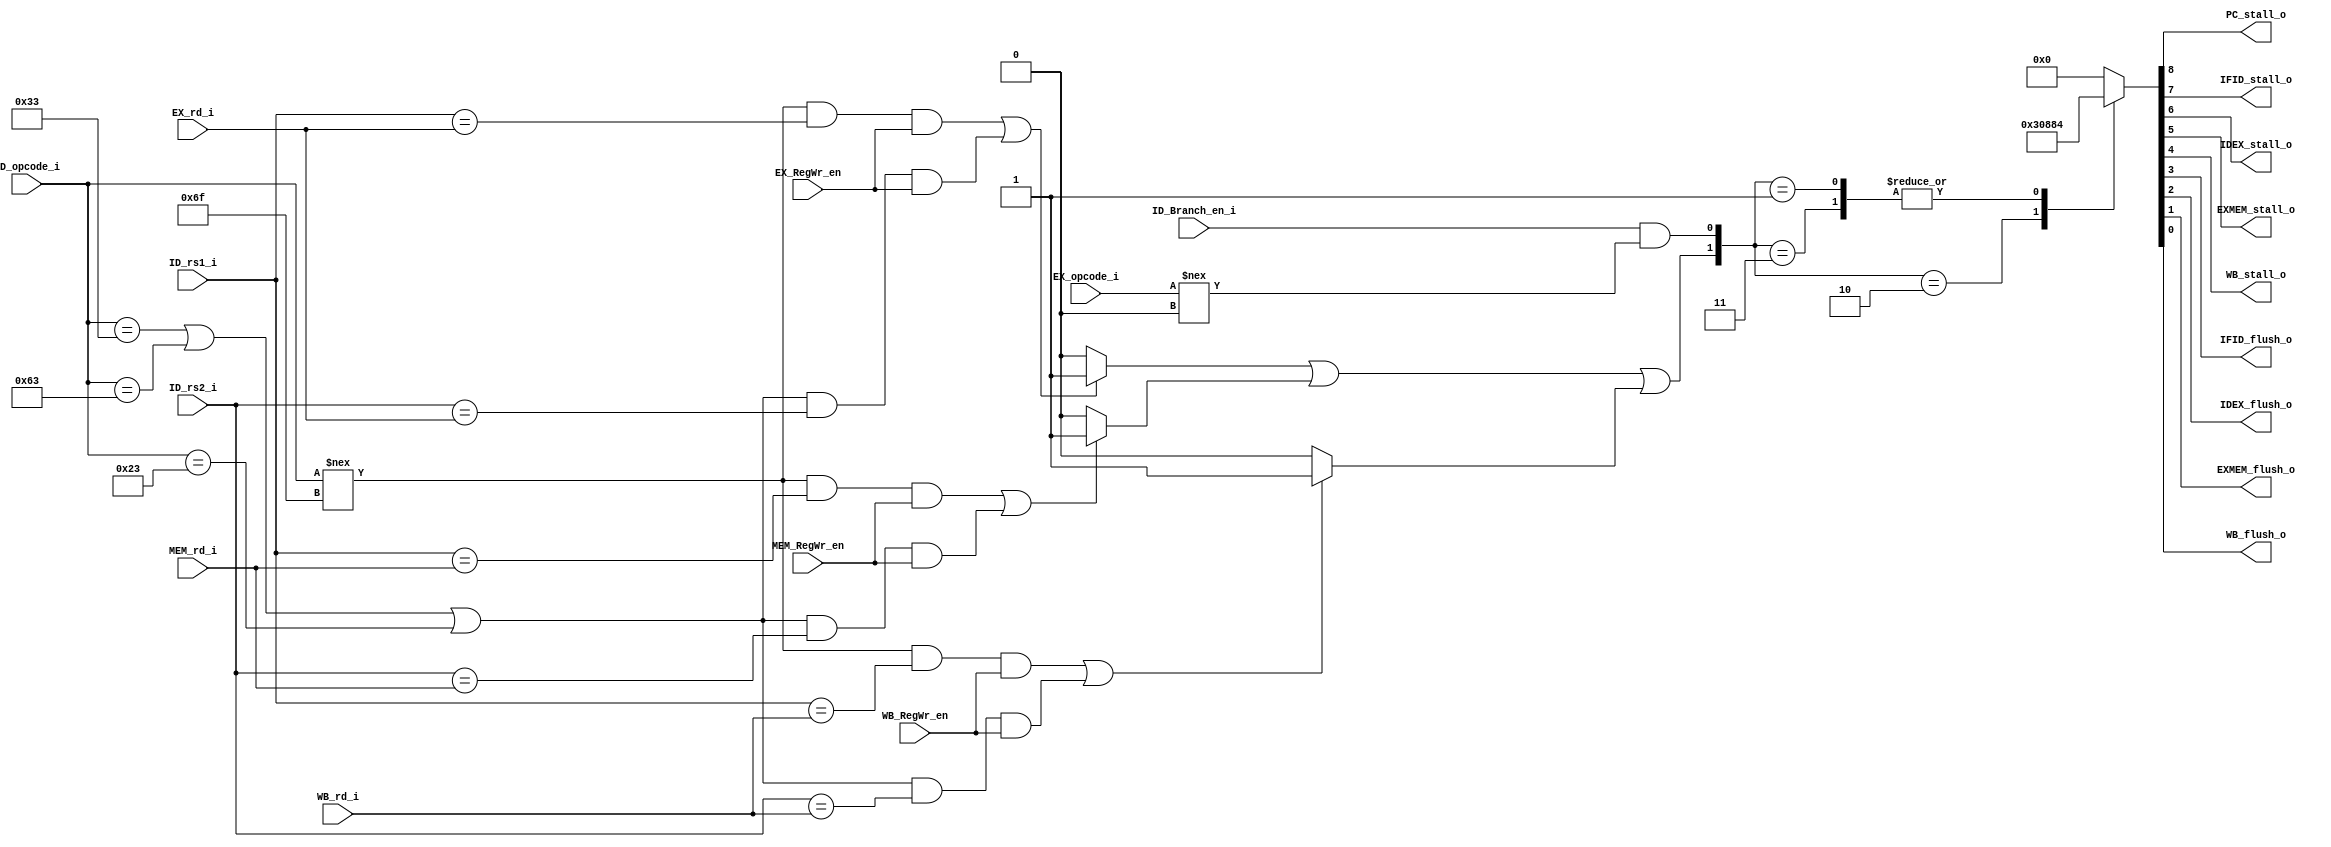
module riscv_pipe_ctrl(
    /*Input*/
    ID_rs1_i, ID_rs2_i,
    EX_rd_i, EX_RegWr_en,
    MEM_rd_i, MEM_RegWr_en,
    WB_rd_i, WB_RegWr_en,
    ID_Branch_en_i, EX_opcode_i,
    ID_opcode_i,
    /*Output*/
    PC_stall_o, IFID_stall_o, IDEX_stall_o, EXMEM_stall_o, WB_stall_o,
    IFID_flush_o, IDEX_flush_o, EXMEM_flush_o, WB_flush_o
    );
    
    input [4:0] ID_rs1_i, ID_rs2_i;
    input [4:0] EX_rd_i;
    input EX_RegWr_en;
    input [4:0] MEM_rd_i;
    input MEM_RegWr_en;
    input [4:0] WB_rd_i;
    input WB_RegWr_en;
    input ID_Branch_en_i;
    input [6:0] EX_opcode_i;
    
    input [6:0] ID_opcode_i;

    output PC_stall_o, IFID_stall_o, IDEX_stall_o, EXMEM_stall_o, WB_stall_o;
    output IFID_flush_o, IDEX_flush_o, EXMEM_flush_o, WB_flush_o;
    
    reg PC_stall_o, IFID_stall_o, IDEX_stall_o, EXMEM_stall_o, WB_stall_o;
    reg IFID_flush_o, IDEX_flush_o, EXMEM_flush_o, WB_flush_o;
    
    //the event of Read After Write Hazard
    wire even_RAWreg_IDEX, even_RAWreg_IDMEM, even_RAWreg_IDWB;
    wire even_RAWreg;
    wire even_Branch_stall;
    
    wire ID_has_rs1 = (ID_opcode_i!==7'b110_1111);
    wire ID_has_rs2 = (ID_opcode_i==7'b011_0011)|(ID_opcode_i==7'b110_0011)|(ID_opcode_i==7'b010_0011);
    
    assign even_RAWreg_IDEX = ((ID_has_rs1 && ID_rs1_i==EX_rd_i && EX_RegWr_en==1'b1)||(ID_has_rs2 && ID_rs2_i==EX_rd_i && EX_RegWr_en==1'b1))? 1:0;
    assign even_RAWreg_IDMEM = ((ID_has_rs1 && ID_rs1_i==MEM_rd_i && MEM_RegWr_en==1'b1)||(ID_has_rs2 && ID_rs2_i==MEM_rd_i && MEM_RegWr_en==1'b1))? 1:0;
    assign even_RAWreg_IDWB = ((ID_has_rs1 && ID_rs1_i==WB_rd_i && WB_RegWr_en==1'b1)||(ID_has_rs2 && ID_rs2_i==WB_rd_i && WB_RegWr_en==1'b1))? 1:0;
    
    assign even_RAWreg = even_RAWreg_IDEX | even_RAWreg_IDMEM | even_RAWreg_IDWB;
    assign even_Branch_stall = ID_Branch_en_i && (EX_opcode_i!==7'b000_0000);
    
    always @(even_RAWreg, even_Branch_stall)
        case ({even_RAWreg, even_Branch_stall})
            2'b10: {PC_stall_o, IFID_stall_o, IDEX_stall_o, EXMEM_stall_o, WB_stall_o,
            IFID_flush_o, IDEX_flush_o, EXMEM_flush_o, WB_flush_o} = {9'b1_1000_0100};
            2'b01,2'b11: {PC_stall_o, IFID_stall_o, IDEX_stall_o, EXMEM_stall_o, WB_stall_o,
            IFID_flush_o, IDEX_flush_o, EXMEM_flush_o, WB_flush_o} = {9'b0_1000_0100};
            default	: {PC_stall_o, IFID_stall_o, IDEX_stall_o, EXMEM_stall_o, WB_stall_o,
            IFID_flush_o, IDEX_flush_o, EXMEM_flush_o, WB_flush_o} = {9'b0_0000_0000};
        endcase
    
endmodule